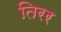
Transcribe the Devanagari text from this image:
तिरर